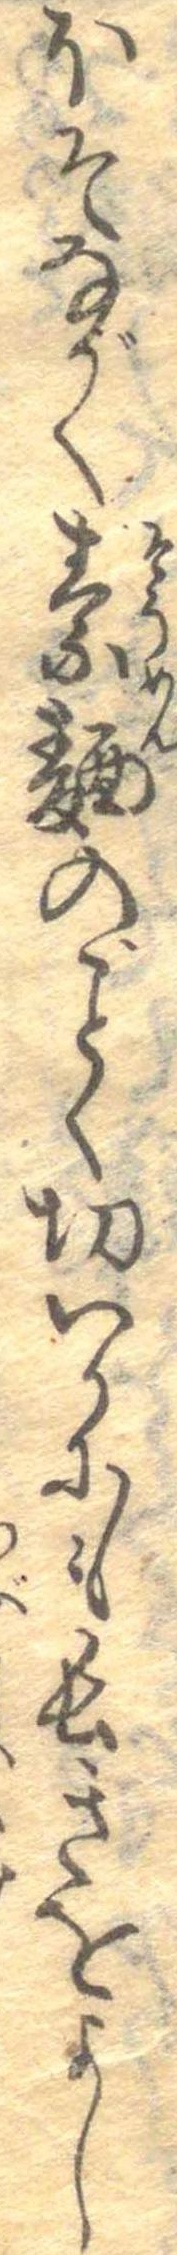
ほそながく素麺のごとく切いかにも長きをよし